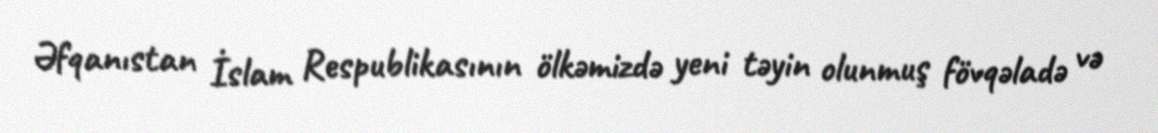
Əfqanıstan İslam Respublikasının ölkəmizdə yeni təyin olunmuş fövqəladə və